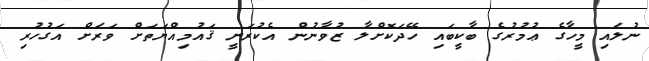
ނުލައި މީހާގެ ޢުމުރުގެ ބާކީބައި ހޭދަކޮށްލާ ޒުވާނުން އެކުރަނީ ޤައުމިއްޔަތަށް ވަރަށް އަގުހުރި